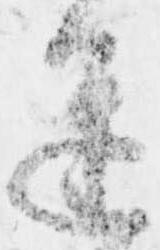
進